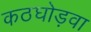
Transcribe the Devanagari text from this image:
कठघोड़वा